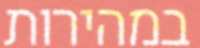
במהירות